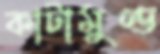
কাটামুণ্ড